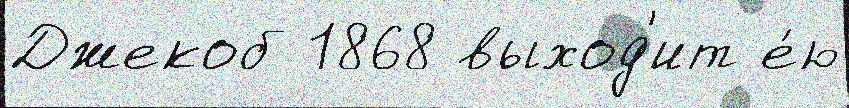
Джекоб 1868 выход'ит е́ю